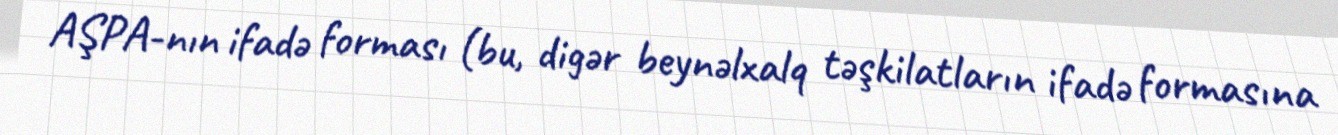
AŞPA-nın ifadə forması (bu, digər beynəlxalq təşkilatların ifadə formasına